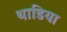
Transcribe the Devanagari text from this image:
थाडिया